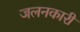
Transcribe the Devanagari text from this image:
जलनकारी